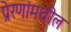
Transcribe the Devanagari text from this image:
प्रेरणांमधील